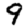
Digit: 9